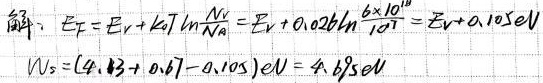
解：$E_F = E_V + kT\ln\frac{N_V}{N_A}=E_V + 0.026\ln\frac{6\times 10^{18}}{10^{17}}=E_V + 0.105eV$
$N_s=(4.13 + 0.67 - 0.105)eV = 4.695eV$